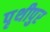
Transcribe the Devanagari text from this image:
पृथीपुर